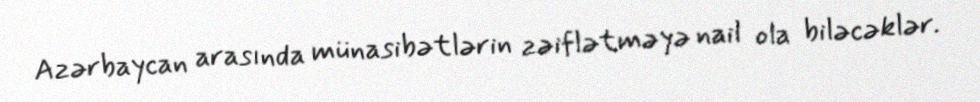
Azərbaycan arasında münasibətlərin zəiflətməyə nail ola biləcəklər.